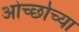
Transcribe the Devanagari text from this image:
ओर्च्छाच्या